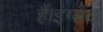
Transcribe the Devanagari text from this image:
हैं।इंग्लैंड